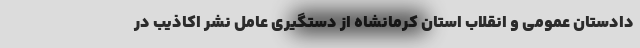
دادستان عمومی و انقلاب استان کرمانشاه از دستگیری عامل نشر اکاذیب در